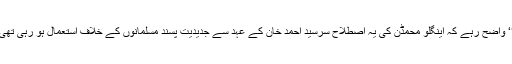
‘‘ واضح رہے کہ اینگلو محمڈن کی یہ اصطلاح سرسید احمد خان کے عہد سے جدیدیت پسند مسلمانوں کے خلاف استعمال ہو رہی تھی۔